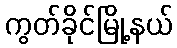
ကွတ်ခိုင်မြို့နယ်